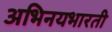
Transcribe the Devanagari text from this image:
अभिनयभारती